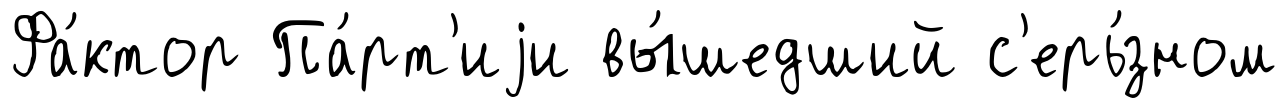
Фа́ктор Па́рт'иjи вы́шедший с'ерь́зном